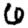
Digit: 6